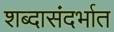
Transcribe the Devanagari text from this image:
शब्दासंदर्भात